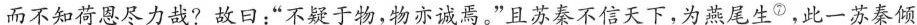
而不知荷恩尽力哉?放回：“不疑于物，物亦诚焉。”且苏秦不信天下，为燕尾生^{⑦}，此一苏奏倾